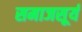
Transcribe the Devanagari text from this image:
समाजसूर्य